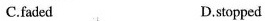
C.faded D.stopped